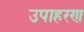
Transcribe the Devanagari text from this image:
उपाहरण